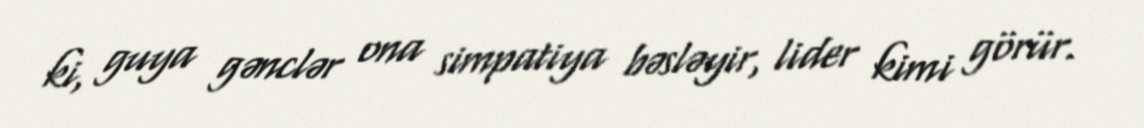
ki, guya gənclər ona simpatiya bəsləyir, lider kimi görür.